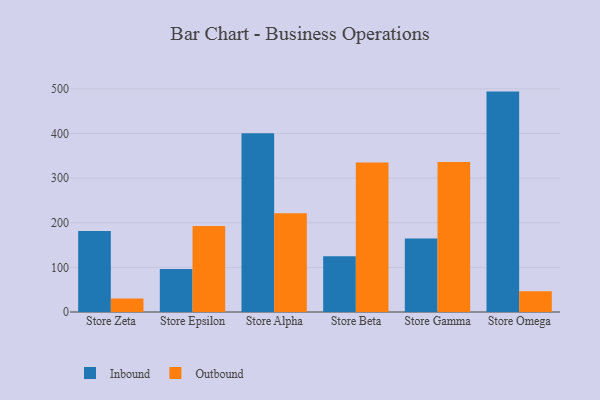
{"axis": {"x": "Store", "y": "Net Income (USD K)"}, "legend": ["Inbound", "Outbound"], "data": [{"x": "Store Zeta", "y": 181.5, "type": "Inbound"}, {"x": "Store Zeta", "y": 30.0, "type": "Outbound"}, {"x": "Store Epsilon", "y": 96.3, "type": "Inbound"}, {"x": "Store Epsilon", "y": 192.9, "type": "Outbound"}, {"x": "Store Alpha", "y": 400.7, "type": "Inbound"}, {"x": "Store Alpha", "y": 221.1, "type": "Outbound"}, {"x": "Store Beta", "y": 125.2, "type": "Inbound"}, {"x": "Store Beta", "y": 335.2, "type": "Outbound"}, {"x": "Store Gamma", "y": 164.9, "type": "Inbound"}, {"x": "Store Gamma", "y": 336.1, "type": "Outbound"}, {"x": "Store Omega", "y": 493.9, "type": "Inbound"}, {"x": "Store Omega", "y": 46.3, "type": "Outbound"}]}